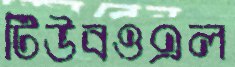
টিউবওএল